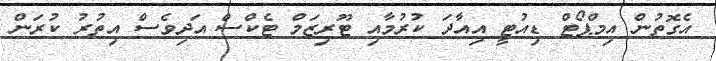
އެގޮތުން އިމްޕޯޓް ޑިއުޓީ އިއާދަ ކުރުމާއި ޓޫރިޒަމް ޓެކްސް އަދިވެސް އިތުރު ކުރަން